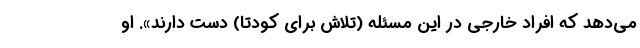
می‌دهد که افراد خارجی در این مسئله (تلاش برای کودتا) دست دارند». او